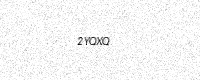
Text: 2YQXQ